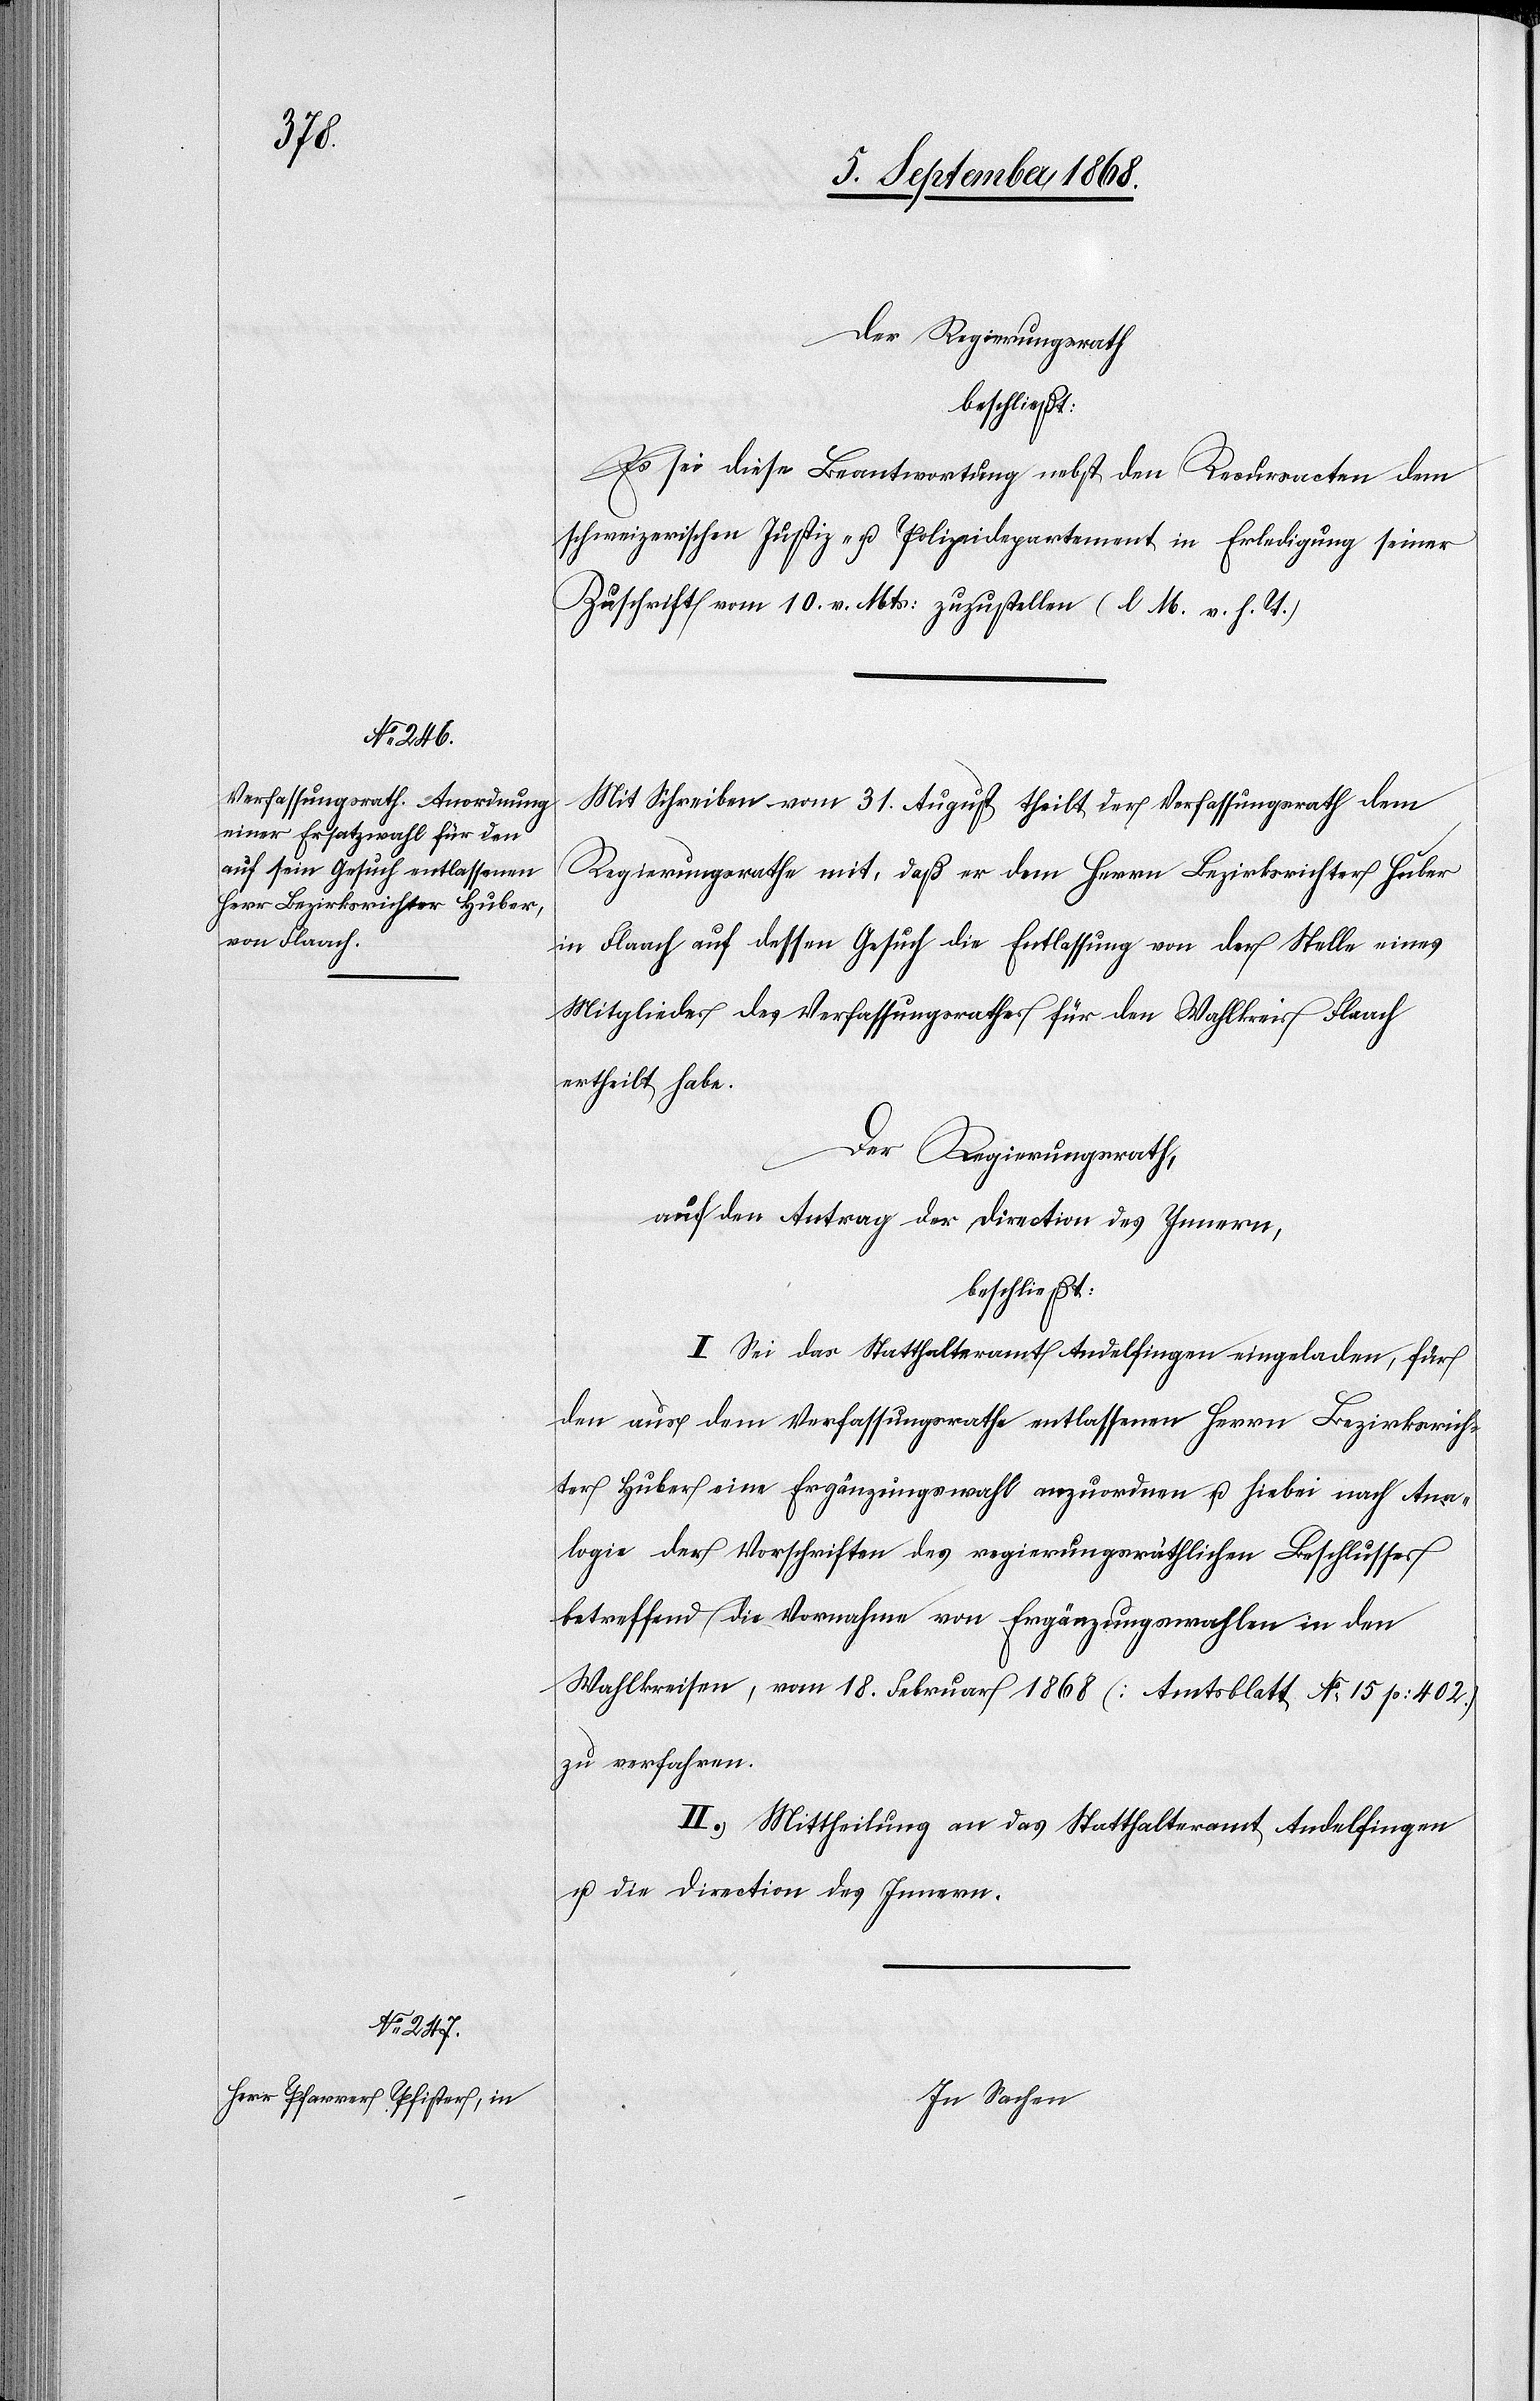
Der Regierungsrath
beschließt:
Es sei diese Beantwortung nebst den Recursacten dem
schweizerischen Justiz- u. Polizeidepartement in Erledigung seiner
Zuschrift vom 10. v. Mts: zuzustellen (l. M. v. h. T.)
Mit Schreiben vom 31. August theilt der Verfassungsrath dem
Regierungsrathe mit, daß er dem Herrn Bezirksrichter Huber
in Flaach auf dessen Gesuch die Entlassung von der Stelle eines
Mitgliedes des Verfassungsrathes für den Wahlkreis Flaach
ertheilt habe.
Der Regierungsrath,
auf den Antrag der Direction des Innern,
beschließt:
I. Sei das Statthalteramt Andelfingen eingeladen, für
den aus dem Verfassungsrathe entlassenen Herrn Bezirksrich¬
ter Huber eine Ergänzungswahl anzuordnen u. hiebei nach Ana¬
logie der Vorschriften des regierungsräthlichen Beschlusses
betreffend die Vornahme von Ergänzungswahlen in den
Wahlkreisen, vom 18. Februar 1868 (Amtsblatt No 15 p: 402.)
zu verfahren.
II. Mittheilung an das Statthalteramt Andelfingen
u. die Direction des Innern.
In Sachen